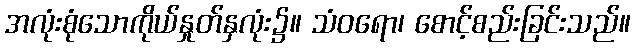
အလုံးစုံသောကိုယ်နှုတ်နှလုံး၌။ သံဝရော၊ စောင့်စည်းခြင်းသည်။